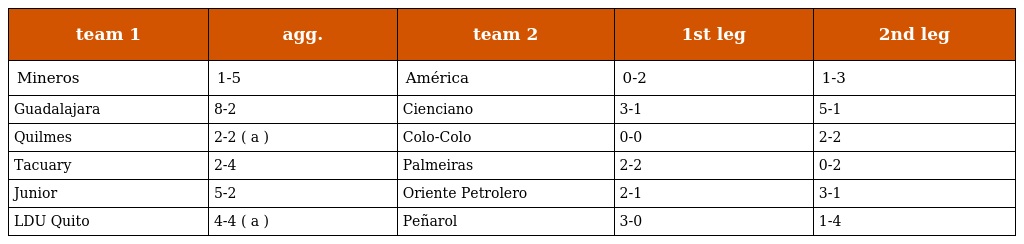
| team 1 | agg. | team 2 | 1st leg | 2nd leg |
 | --- | --- | --- | --- | --- |
 | Mineros | 1-5 | América | 0-2 | 1-3 |
 | Guadalajara | 8-2 | Cienciano | 3-1 | 5-1 |
 | Quilmes | 2-2 ( a ) | Colo-Colo | 0-0 | 2-2 |
 | Tacuary | 2-4 | Palmeiras | 2-2 | 0-2 |
 | Junior | 5-2 | Oriente Petrolero | 2-1 | 3-1 |
 | LDU Quito | 4-4 ( a ) | Peñarol | 3-0 | 1-4 |